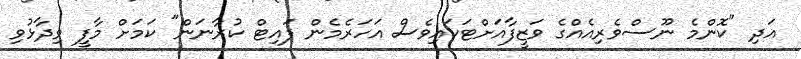
އަދި "ކޮންމެ ނޫސްވެރިއެއްގެ ވަޒީފާއަށްޓަކައިވެސް އަހަރެމެން ފައިޓް ކުރާނަން" ކަމަށް މާފީ ވިދާޅުވި